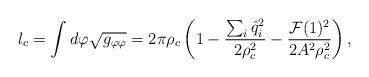
LaTeX: \begin{align*}l_c=\int d\varphi \sqrt{g_{\varphi\varphi}} =2\pi \rho_c\left(1-{\sum_i {\hat q}_i^2\over 2\rho_c^2} -{{\cal F}(1)^2 \over2 A^2 \rho_c^2}\right),\end{align*}